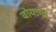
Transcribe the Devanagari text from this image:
वोयागर